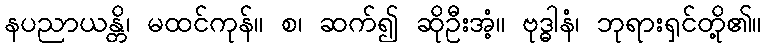
နပညာယန္တိ၊ မထင်ကုန်။ စ၊ ဆက်၍ ဆိုဦးအံ့။ ဗုဒ္ဓါနံ၊ ဘုရားရှင်တို့၏။